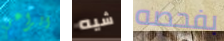
الراعي شيه بفحصه